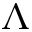
\Lambda